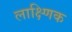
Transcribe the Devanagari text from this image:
लाक्ष्णिक